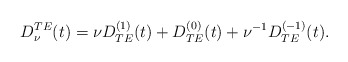
\begin{align*}\begin{array}{c} \displaystyle{ D_{\nu}^{TE}(t)= \nu D_{TE}^{(1)}(t) + D_{TE}^{(0)}(t) + \nu^{-1} D_{TE}^{(-1)}(t) .}\end{array}\end{align*}